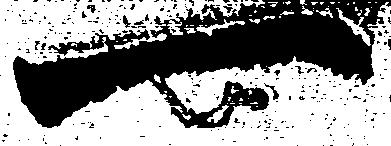
一